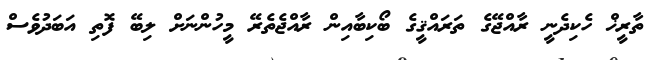
ތާރީޚް ހެކިދެނީ ރާއްޖޭގެ ތަރައްޤީގެ ބޯކިބާއިން ރާއްޖެތެރޭ މީހުންނަށް ލިބޭ ފޮތި އަބަދުވެސް